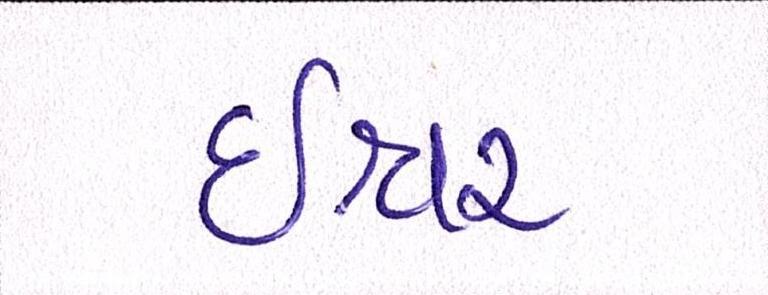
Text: ઈશ્વર